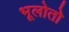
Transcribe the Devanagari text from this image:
भूलोतो